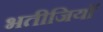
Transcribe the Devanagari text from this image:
भतीजियाॅ